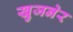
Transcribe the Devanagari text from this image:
खुजनेर